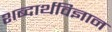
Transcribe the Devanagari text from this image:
शब्दार्थविज्ञान